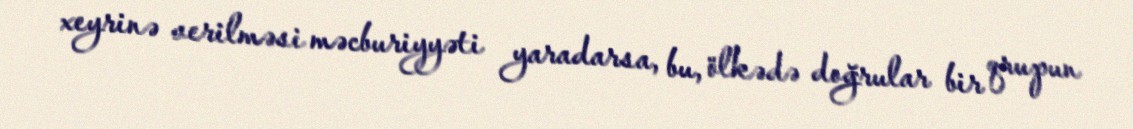
xeyrinə verilməsi məcburiyyəti yaradarsa, bu, ölkədə doğrular bir qrupun